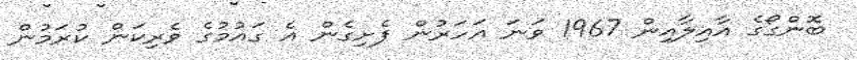
ބޮންގޯގެ އާއިލާއިން 1967 ވަނަ އަހަރުން ފެށިގެން އެ ގައުމުގެ ވެރިކަން ކުރަމުން